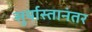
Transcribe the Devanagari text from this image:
सुर्यास्तानंतर